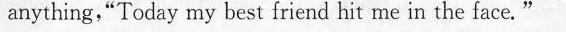
anything,"Today my best friend hit me in the face."